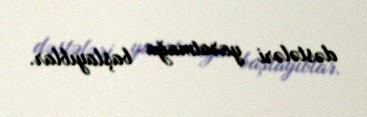
dəstələri yaratmağa başlayıblar.